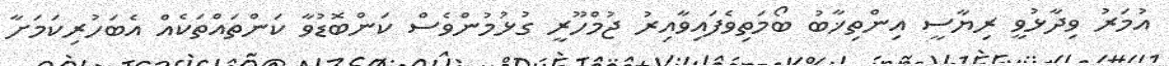
އުމަރު ވިދާޅުވީ ރިޔާސީ އިންތިޚާބު ބޯމަތިވެފައިވާއިރު ޖުމްހޫރީ ގުޅުމުންވެސް ކަންބޮޑުވާ ކަންތައްތަކެއް އެބަހުރިކަމަށާ